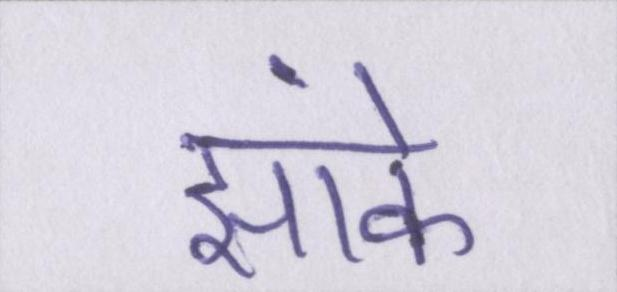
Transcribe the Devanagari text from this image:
झांके